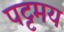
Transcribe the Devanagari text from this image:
पट्टमय